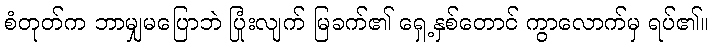
စံတုတ်က ဘာမျှမပြောဘဲ ပြုံးလျက် မြခက်၏ ရှေ့နှစ်တောင် ကွာလောက်မှ ရပ်၏။